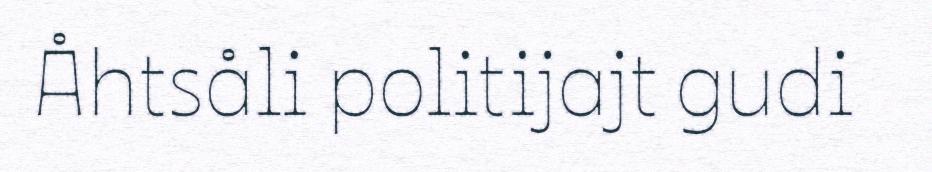
Åhtsåli politijajt gudi